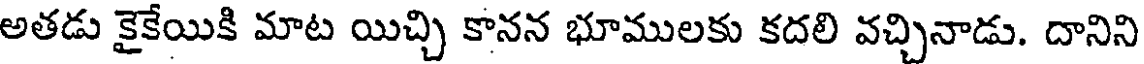
అతడు కైకేయికి మాట యిచ్చి కానన భూములకు కదలి వచ్చినాడు. దానిని